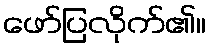
ဖော်ပြလိုက်၏။